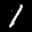
Label: 1